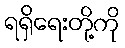
ရရှိရေးတို့ကို